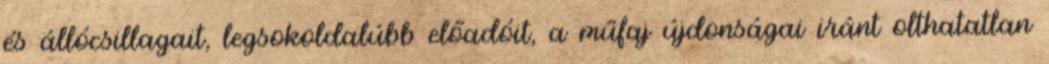
és állócsillagait, legsokoldalúbb előadóit, a műfaj újdonságai iránt olthatatlan